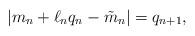
LaTeX: \begin{align*}|m_n+\ell_n q_n-\tilde{m}_n|=q_{n+1},\end{align*}